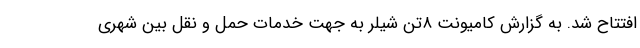
افتتاح شد. به گزارش کامیونت ٨تن شیلر به جهت خدمات حمل و نقل بین شهری